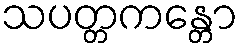
သပတ္တကန္တော